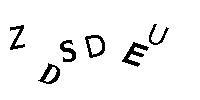
ZDSDEU